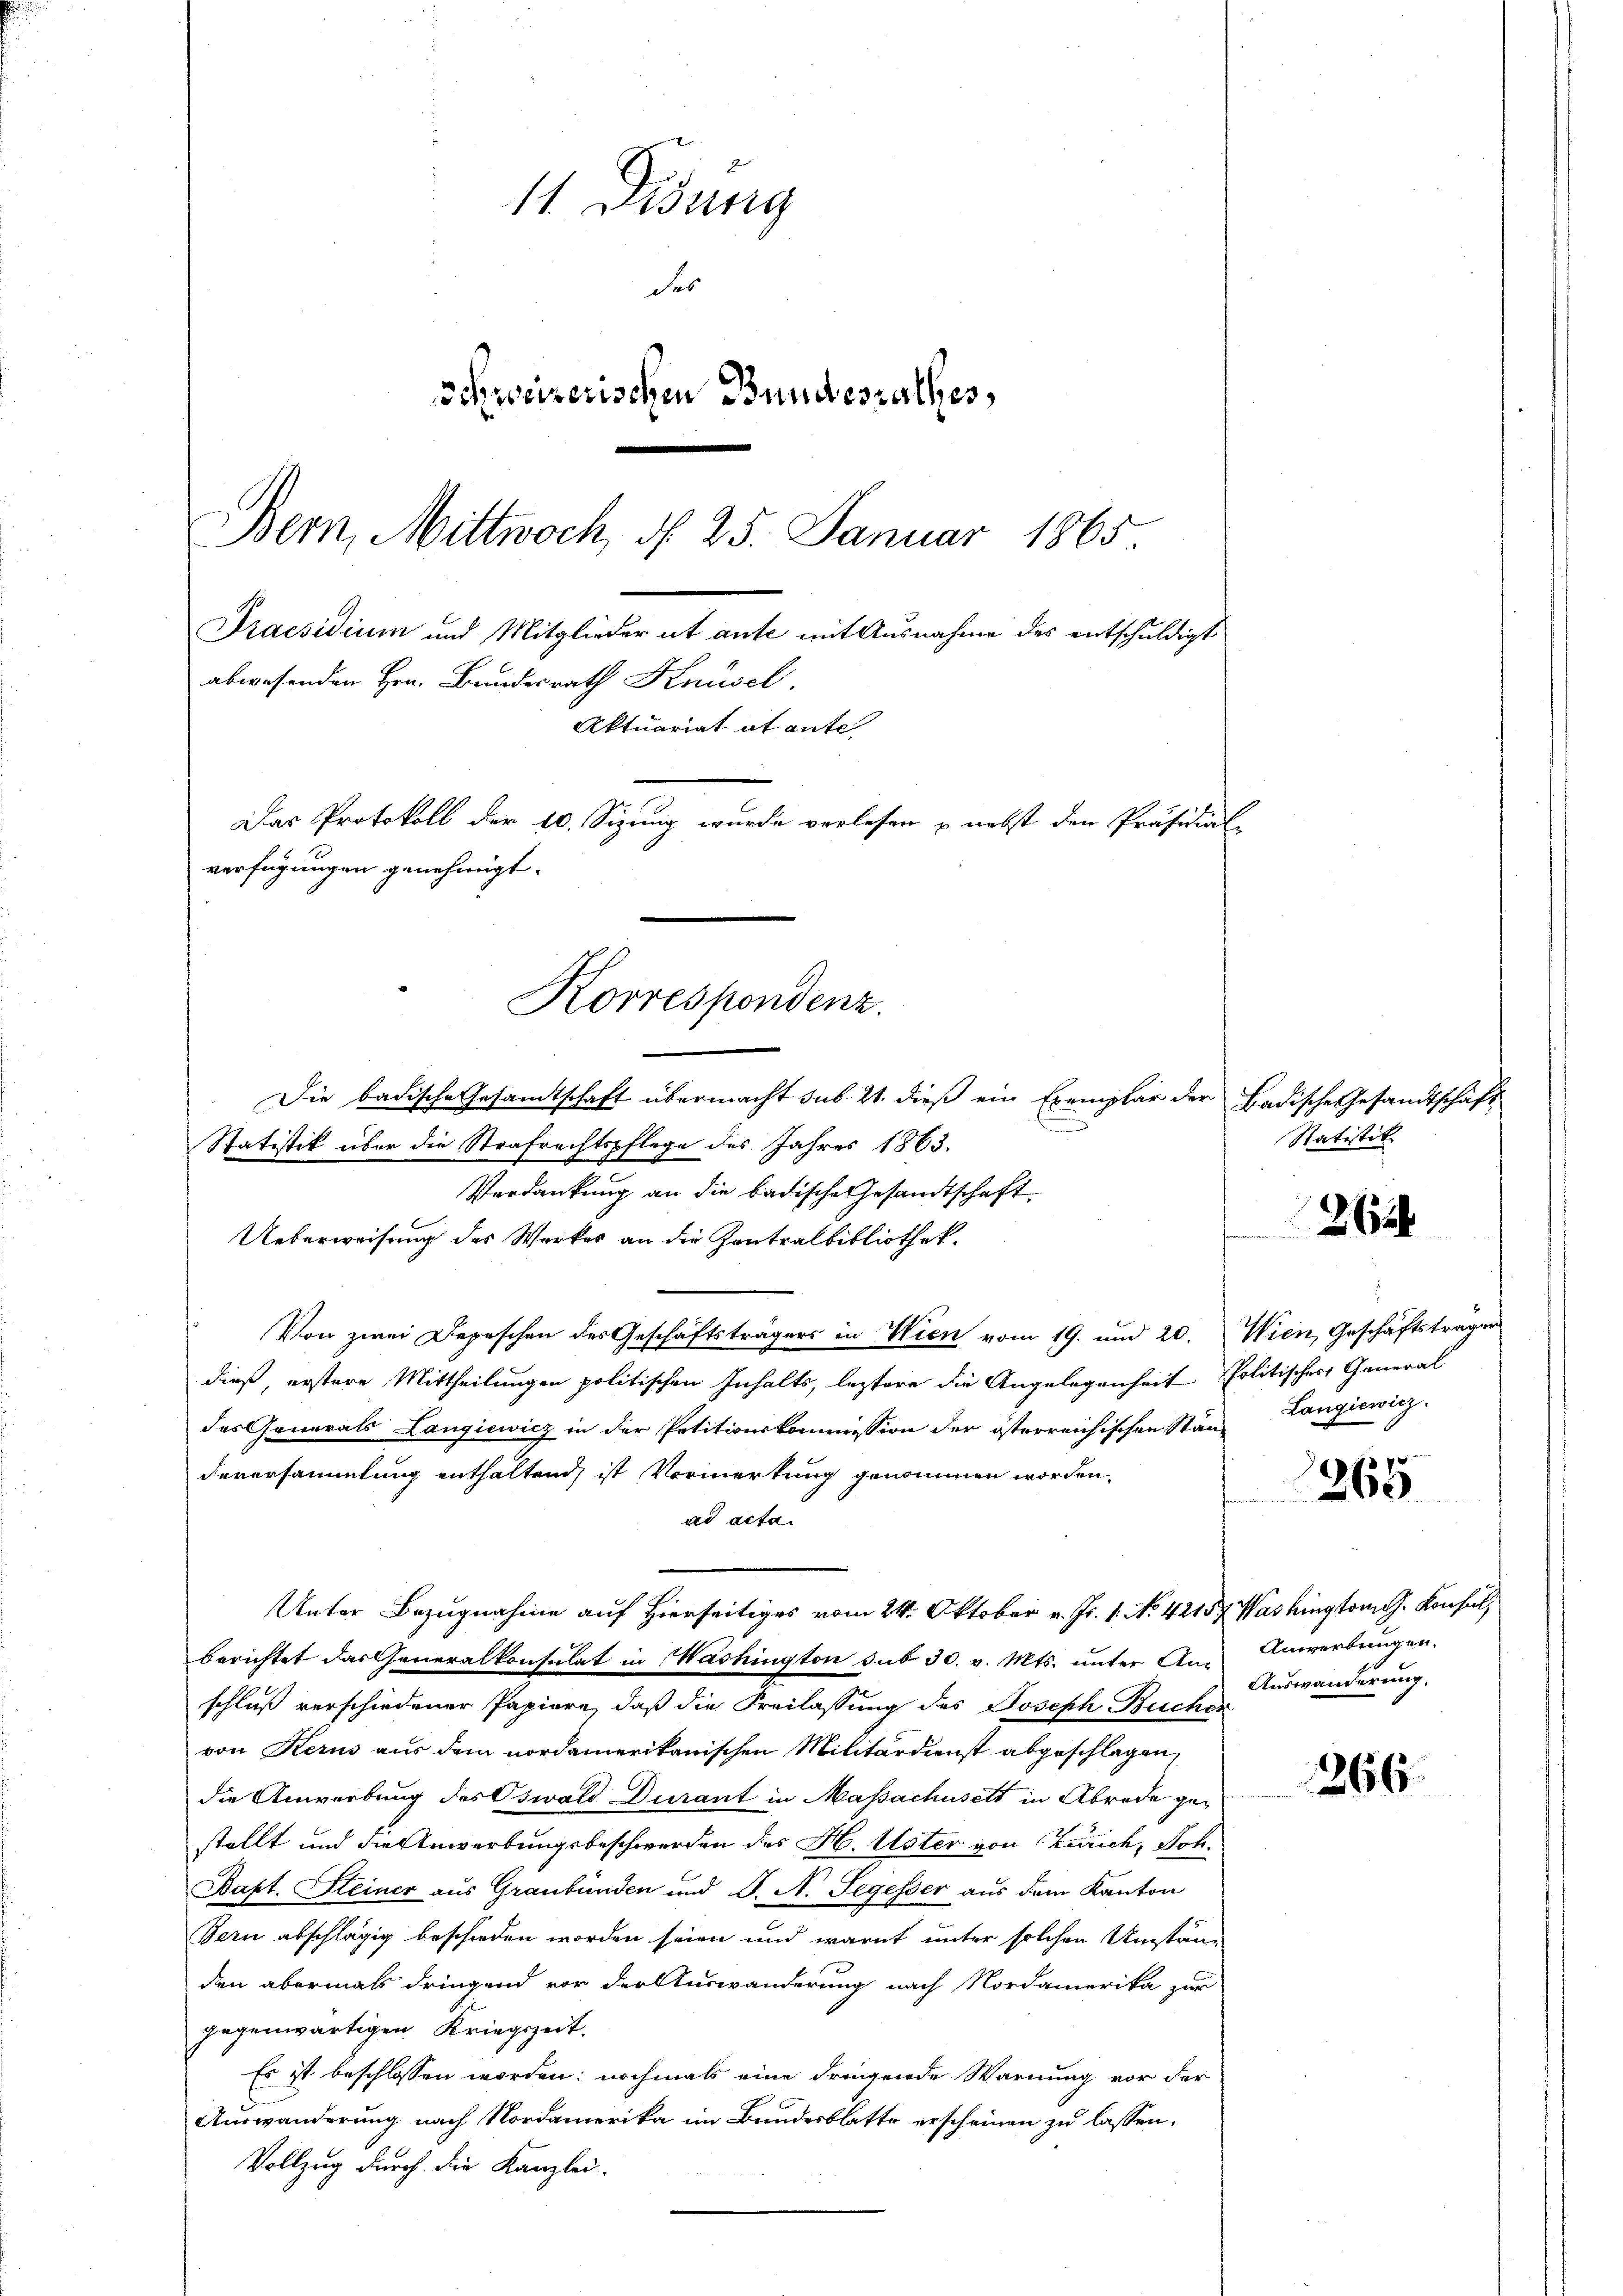
Korrespondenz.

11. Disung
de
Schweizerischen Bundesrathes,
Bern, Mittwoch, d. 25. Januar 1865.
Praesidium und Mitglieder ut ante mit Ausnahme des entschuldigt
abwesenden Hrn. Bundesrath Knüsel.
Aktuariat at ante
Das Protokoll der 10. Sizung wurde verlesen u. nebst den Präsidial-
verfügungen genehmigt.

Die badische Gesandtschaft übermacht sub. 21. dieß ein Exemplar der Badische Gesandtschäft
u
Statistik über die Strafrechtspflege des Jahres 1863.
Verdankung an die badische Gesandtschaft
Ueberweisung des Werkes an die Kontralbibliothek.
Von zwei Depeschen des Geschäftsträgers in Wien vom 19. und 20. Wien, Geschäftstragen
dieß, erstere Mittheilungen politischen Inhalts, leztere die Angelegenheit Politisches General
des Generals Langiewicz in der Petitionskommission der österreichischen Stand
deversammlung enthaltend, ist Vormerkung genommen worden.
ad acta.
Unter Bezugnahme auf Hierseitiges vom 24. Oktober v. Js. 1. No. 42157. Washington G. Konsul,
berichtet das Generalkonsulat in Washington sub 30. v. Mts. unter An-
schluß verschiedener Papiere, daß die Freilassung des Joseph Bucher
von Kerns aus dem nordamerikanischen Militärdienst abgeschlagen,
die Anwerbung des Oswald Durant in Massachusett in Abrede gestellt und die Anwerbungsbeschwerden des H. Vater von Zürich, Joh.
Bapt. Steiner aus Graubünden und J. A. Segesser aus dem Kanton
Bern abschlägig beschieden worden seien und warnt unter solchen Umständen abermals dringend vor der Auswanderung nach Nordamerika zur
gegenwärtigen Kriegszeit,
Es ist beschlossen worden; nochmals eine dringende Warnung vor der
Auswanderung nach Nordamerika im Bundesblatte erscheinen zu lassen,
Vollzug durch die Kanzlei-

Statistik.

262

Langiewicz

7
260

Anwerbungen.
Auswanderung.

266.